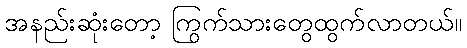
အနည်းဆုံးတော့ ကြွက်သားတွေထွက်လာတယ်။